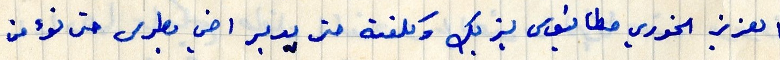
العزيز الخوري مطانيوس يزبك وكلفته حتى يدبر اخي بطرس حتى نؤمن